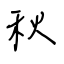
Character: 秋